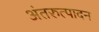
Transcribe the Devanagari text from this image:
अंतरुत्पादन